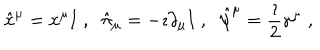
LaTeX: \hat { x } ^ { \mu } = x ^ { \mu } { \bf I } \; , \; \; \hat { \pi } _ { \mu } = - \imath \partial _ { \mu } { \bf I } \; , \; \; \hat { \psi } ^ { \mu } = \frac { \imath } { 2 } \gamma ^ { \mu } \; ,